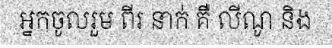
អ្នកចូលរួម ពីរ នាក់ គឺ លីណូ និង